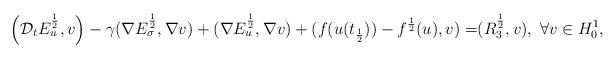
LaTeX: \begin{align*}\Big{(}\mathcal{D}_tE_u^{\frac12},v\Big{)}-\gamma(\nabla E_\sigma^{\frac12},\nabla v)+(\nabla E_u^{\frac12},\nabla v)+(f(u(t_{\frac12}))-f^{\frac12}(u),v)=&(R_3^{\frac12},v),~\forall v\in H_0^1,\end{align*}